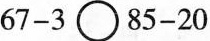
$$6 7 - 3 \circ 8 5 - 2 0$$